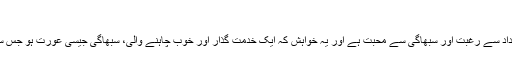
‘‘
اُسے اپنے گھر، اپنی جائیداد سے رغبت اور سبھاگی سے محبت ہے اور یہ خواہش کہ ایک خدمت گذار اور خوب چاہنے والی، سبھاگی جیسی عورت ہو جس سے وہ اپنا گھر بسا سکے۔